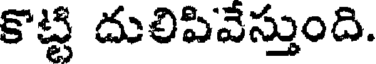
కొట్టి దులిపివేస్తుంది.